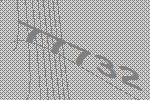
77732